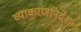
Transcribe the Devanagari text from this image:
व्याकरणनिर्देश